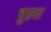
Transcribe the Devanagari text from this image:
चुरुवा